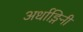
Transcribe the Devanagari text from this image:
अर्धाङ्गिनी